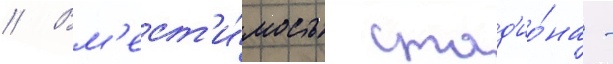
// Вм'ест'и́мость стад'ио́на -